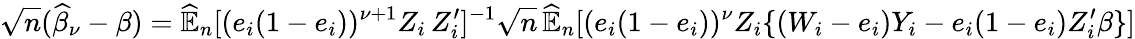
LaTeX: \sqrt{n}(\widehat{\beta}_{\nu}-\beta)=\widehat{\mathbb{E}}_{n}[(e_{i}(1-e_{i}))^{\nu+1}Z_{i}\, Z_{i}^{\prime}]^{-1}\sqrt{n}\, \widehat{\mathbb{E}}_{n}[(e_{i}(1-e_{i}))^{\nu}Z_{i}\{ (W_{i}-e_{i})Y_{i}-e_{i}(1-e_{i})Z_{i}^{\prime}\beta\} ]